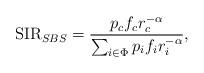
LaTeX: \begin{align*}\textnormal{SIR}_{SBS} = \frac{p_c f_{c} r^{-\alpha}_{c}}{\sum_{i \in \Phi} p_{i} f_{i} r^{-\alpha}_{i}},\end{align*}